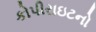
કોપીરાઇટનો